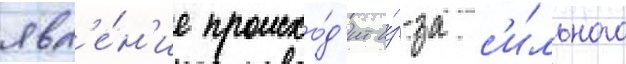
явл'е́н'ие происхо́д'ит и́з-за с'и́льного